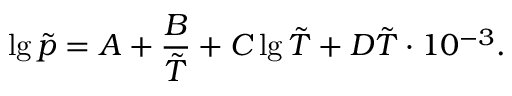
\lg \tilde { p } = A + \frac { B } { { \tilde { T } } } + C \lg \tilde { T } + D \tilde { T } \cdot { 1 0 ^ { - 3 } } .